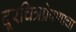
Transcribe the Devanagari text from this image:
दूरचित्रप्रेषणाचा